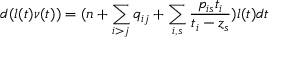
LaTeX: d ( l ( t ) \nu ( t ) ) = ( n + \sum _ { i > j } q _ { i j } + \sum _ { i , s } \frac { p _ { i s } t _ { i } } { t _ { i } - z _ { s } } ) l ( t ) d t